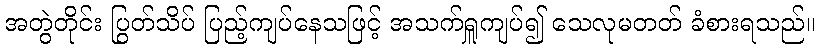
အတွဲတိုင်း ပြွတ်သိပ် ပြည့်ကျပ်နေသဖြင့် အသက်ရှူကျပ်၍ သေလုမတတ် ခံစားရသည်။